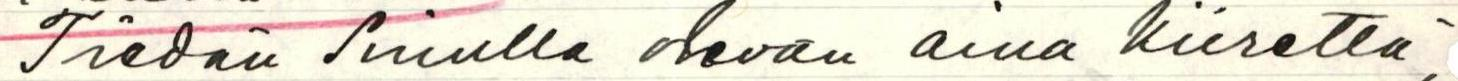
Tiedän sinulla olevan aina kiirettä,